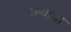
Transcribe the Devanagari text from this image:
हल्याचा